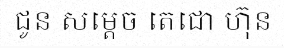
ជូន សម្តេច តេជោ ហ៊ុន